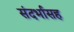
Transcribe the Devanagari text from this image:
संदर्भासह